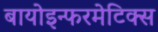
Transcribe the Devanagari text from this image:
बायोइन्फरमेटिक्स